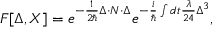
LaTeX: F [ \Delta , X ] = e ^ { - \frac { 1 } { 2 \hbar } \Delta \cdot N \cdot \Delta } e ^ { - \frac { i } { \hbar } \int d t { \frac { \lambda } { 2 4 } } \Delta ^ { 3 } } \mathrm { , }